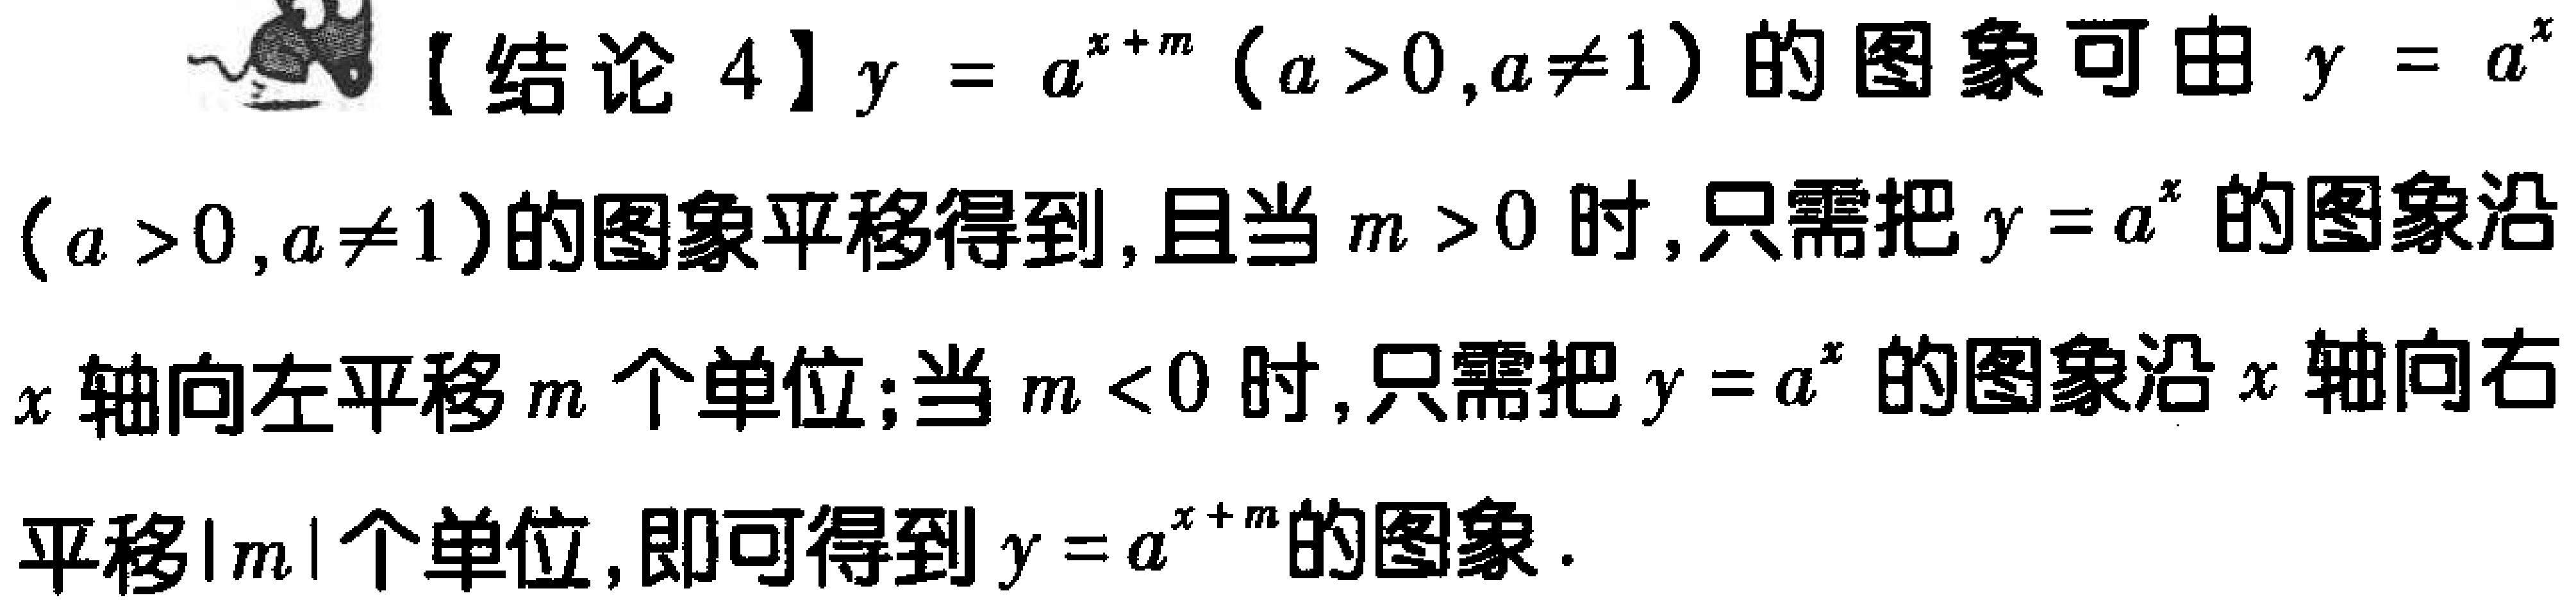
【结论 4】$y = a^{x + m}（a > 0,a\neq1）$的图象可由$y = a^{x}$（$a > 0,a\neq1$）的图象平移得到,且当$m > 0$时,只需把$y = a^{x}$的图象沿$x$轴向左平移$m$个单位;当$m < 0$时,只需把$y = a^{x}$的图象沿$x$轴向右平移$|m|$个单位,即可得到$y = a^{x + m}$的图象.